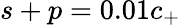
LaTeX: {s+p=0.01c_{+}}